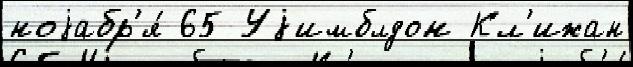
ноjабр'я́ 65 Уjимблдон Кл'ижан